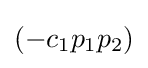
(-c_{1}p_{1}p_{2})